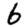
Digit: 6